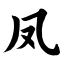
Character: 凤